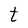
Character: t